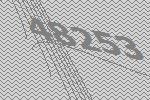
48253